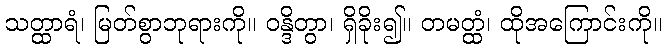
သတ္ထာရံ၊ မြတ်စွာဘုရားကို။ ဝန္ဒိတွာ၊ ရှိခိုး၍။ တမတ္ထံ၊ ထိုအကြောင်းကို။